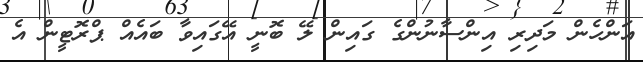
އަންހެން މަދިރި އިންސާނުންގެ ގައިން ލޭ ބޮނީ އޭގައިވާ ބައެއް ޕްރޮޓީން އެ